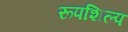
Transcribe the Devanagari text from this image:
रूपशिल्प